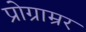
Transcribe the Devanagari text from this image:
प्रोग्राम्रर